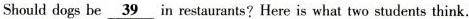
Should dogs be\underline{39}in restaurants? Here is what two students think.